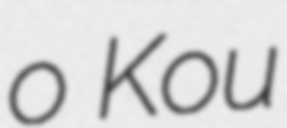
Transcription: o Kou